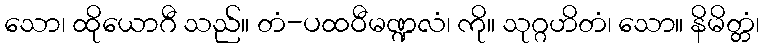
သော၊ ထိုယောဂီ သည်။ တံ-ပထဝီမဏ္ဍလံ၊ ကို။ သုဂ္ဂဟိတံ၊ သော။ နိမိတ္တံ၊